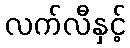
လက်လီနှင့်